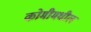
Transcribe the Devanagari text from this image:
कोमीमधील